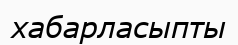
хабарласыпты